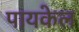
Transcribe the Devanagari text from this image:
पायकेल